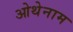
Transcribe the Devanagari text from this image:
ओथेनाम